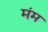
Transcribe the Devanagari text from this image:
मंम